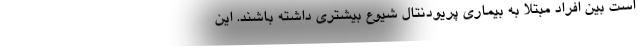
است بین افراد مبتلا به بیماری پریودنتال شیوع بیشتری داشته باشند. این